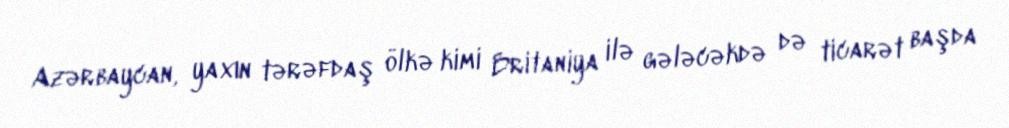
Azərbaycan, yaxın tərəfdaş ölkə kimi Britaniya ilə gələcəkdə də ticarət başda